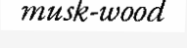
musk-wood